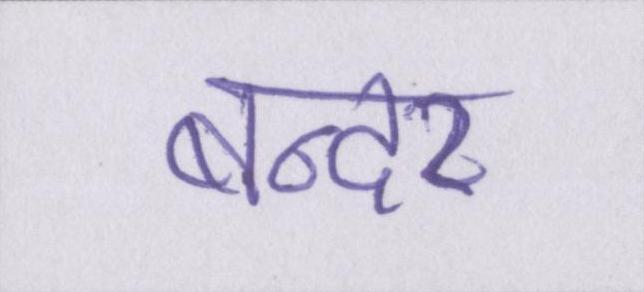
बन्दर